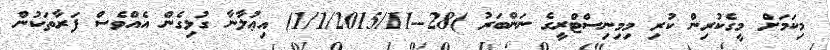
މިކަމަށް މީގެކުރިން ކުރި މިމިނިސްޓްރީގެ ނަންބަރު )28--1/1/2015/11) އިޢުލާނާ ގުޅިގެން އެއްވެސް ފަރާތަކުން